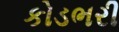
કોડભરી